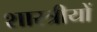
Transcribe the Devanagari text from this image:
शास्त्रीयों